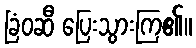
ခြံဝဆီ ပြေးသွားကြ၏။